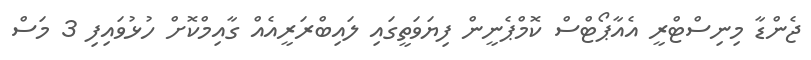
ޖެންޑާ މިނިސްޓްރީ އެއާޕޯޓްސް ކޮމްޕެނީން ފިޔަވަތީގައި ލައިބްރަރީއެއް ގާއިމްކޮށް ހުޅުވައިފި 3 މަސް